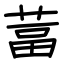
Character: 葍